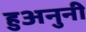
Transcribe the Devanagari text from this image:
हुअनुनी